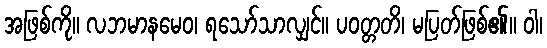
အဖြစ်ကို။ လဘမာနမေဝ၊ ရသော်သာလျှင်။ ပဝတ္တတိ၊ မပြတ်ဖြစ်၏။ ဝါ၊